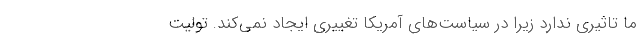
ما تاثیری ندارد زیرا در سیاست‌های آمریکا تغییری ایجاد نمی‌کند. تولیت